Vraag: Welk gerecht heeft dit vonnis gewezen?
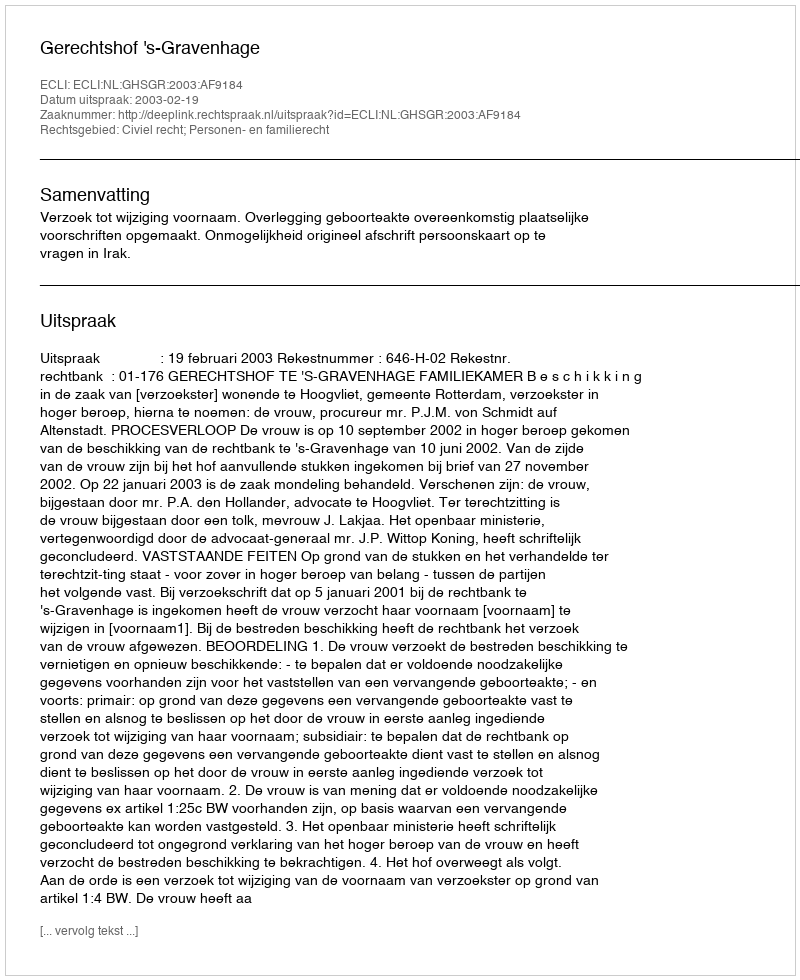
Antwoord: Gerechtshof 's-Gravenhage